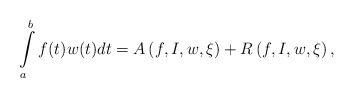
\begin{align*}\int\limits_{a}^{b}f(t)w(t)dt=A\left( f,I,w,\xi \right) +R\left( f,I,w,\xi\right) , \end{align*}